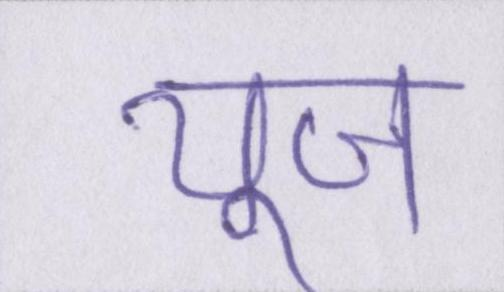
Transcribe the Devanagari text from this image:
यूज